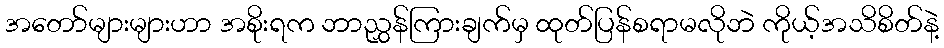
အတော်များများဟာ အစိုးရက ဘာညွှန်ကြားချက်မှ ထုတ်ပြန်စရာမလိုဘဲ ကိုယ့်အသိစိတ်နဲ့